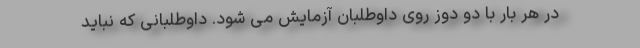
در هر بار با دو دوز روی داوطلبان آزمایش می شود. داوطلبانی که نباید